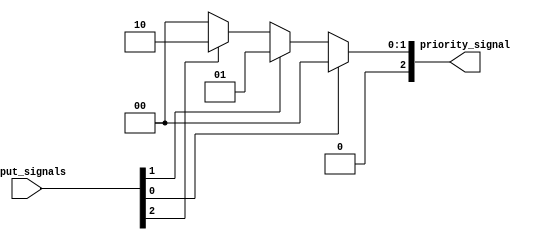
module Priority_arbiter (
    input wire [7:0] input_signals,
    output reg [2:0] priority_signal
);

always @(*) begin
    priority_signal = 3'b000; // Default priority signal
    // Logic to determine priority signal
    if (input_signals[0] == 1'b1) begin
        priority_signal = 3'b000;
    end
    else if (input_signals[1] == 1'b1) begin
        priority_signal = 3'b001;
    end
    else if (input_signals[2] == 1'b1) begin
        priority_signal = 3'b010;
    end
    // Add more conditions for additional input signals
end

endmodule